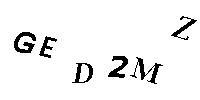
GED2MZ